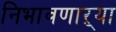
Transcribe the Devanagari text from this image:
निभावणाऱ्या